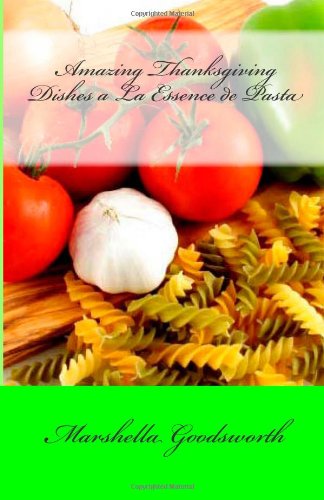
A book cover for Amazing Thanksgiving Dishes a La Essence de Pasta; Marshella Goodsworth; Cookbooks, Food & Wine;